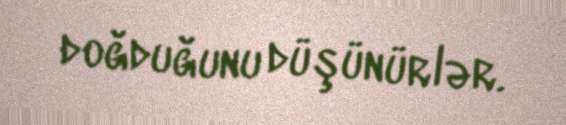
doğduğunu düşünürlər.